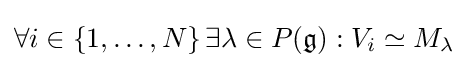
\forall i\in \{1,\ldots ,N\}\,\exists \lambda \in P({\mathfrak {g}}):V_{i}\simeq M_{\lambda }